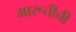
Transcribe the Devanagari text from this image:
मारूतीची